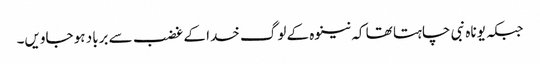
جبکہ یوناہ نبی چاہتا تھا کہ نینوہ کے لوگ خدا کے غضب سے برباد ہو جاویں۔